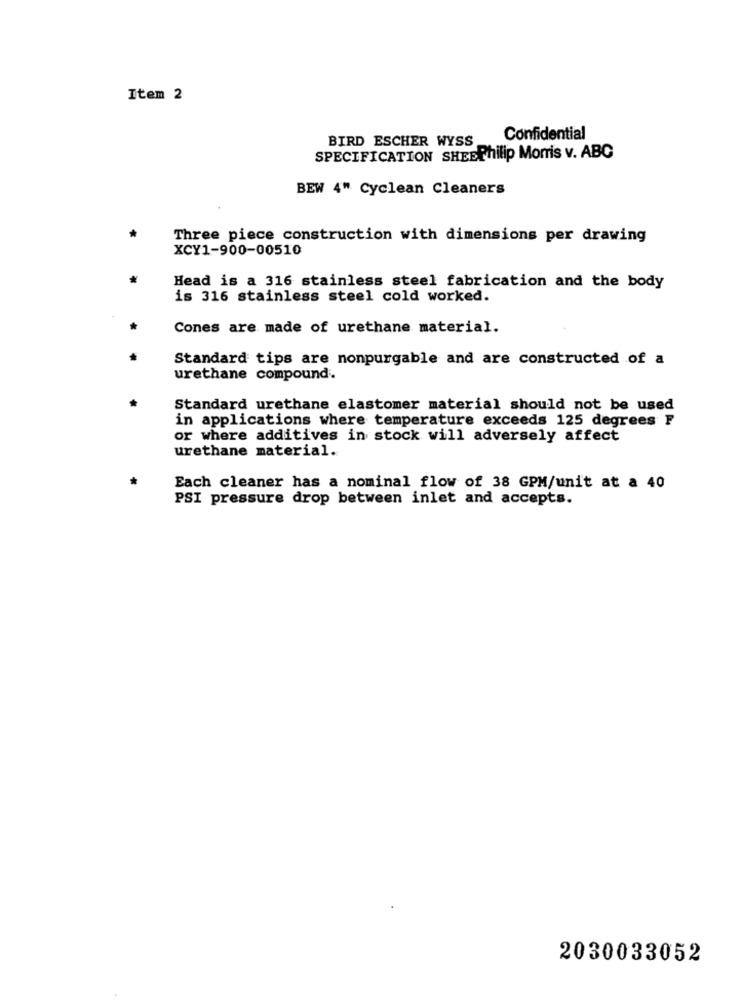
Item 2
BIRD ESCHER WYSS
Confidential
SPECIFICATION SHEEPhilip Morris v. ABC
BEW 4" Cyclean Cleaners
Three piece construction with dimensions per drawing
XCY1-900-00510
Head is a 316 stainless steel fabrication and the body
is 316 stainless steel cold worked.
Cones are made of urethane material.
Standard tips are nonpurgable and are constructed of a
urethane compound.
Standard urethane elastomer material should not be used
in applications where temperature exceeds 125 degrees F
or where additives in stock will adversely affect
urethane material.
Each cleaner has a nominal flow of 38 GPM/unit at a 40
PSI pressure drop between inlet and accepts.
2030033052